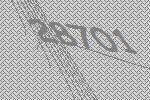
28701